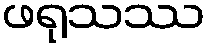
ဖရုသဿ